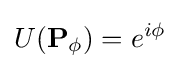
U(\mathbf {P} _{\phi })=e^{i\phi }